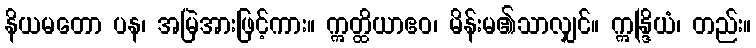
နိယမတော ပန၊ အမြဲအားဖြင့်ကား။ ဣတ္ထိယာဧဝ၊ မိန်းမ၏သာလျှင်။ ဣန္ဒြိယံ၊ တည်း။